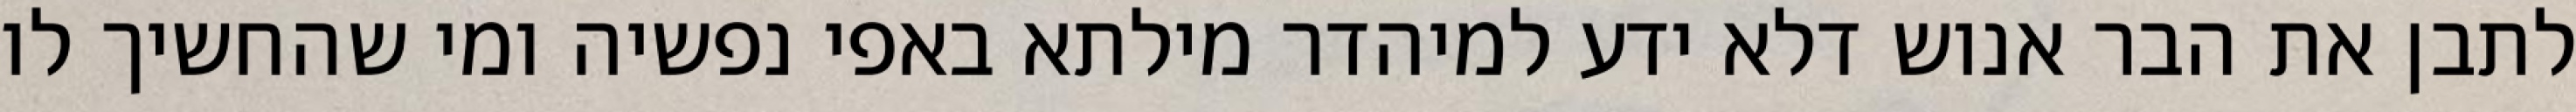
לתבן את הבר אנוש דלא ידע למיהדר מילתא באפי נפשיה ומי שהחשיך לו